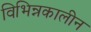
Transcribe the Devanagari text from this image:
विभिन्नकालीन